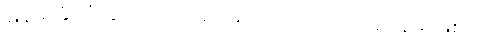
မြန်မာနိုင်ငံတွင် လေဖိအားများ လေထုတည်ရှိနေမှာဖြစ်လို့